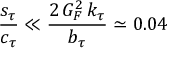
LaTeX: { \frac { s _ { \tau } } { c _ { \tau } } } \ll { \frac { 2 \, G _ { F } ^ { 2 } \, k _ { \tau } } { b _ { \tau } } } \simeq 0 . 0 4